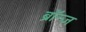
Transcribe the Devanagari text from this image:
ब्रॉन्ज़